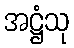
အဋ္ဌံသု